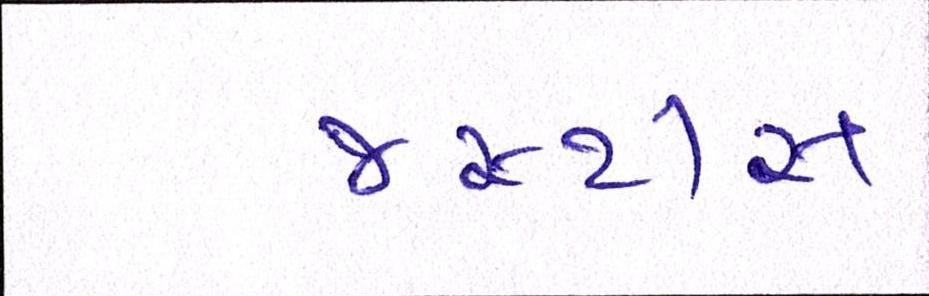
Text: જસ્ટીસ